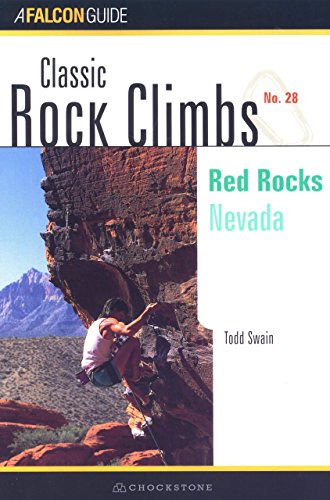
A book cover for Classic Rock Climbs No. 28: Red Rocks: Nevada; Todd Swain; Sports & Outdoors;